Dysentery in Hazaribagh Central Jail - Number 52
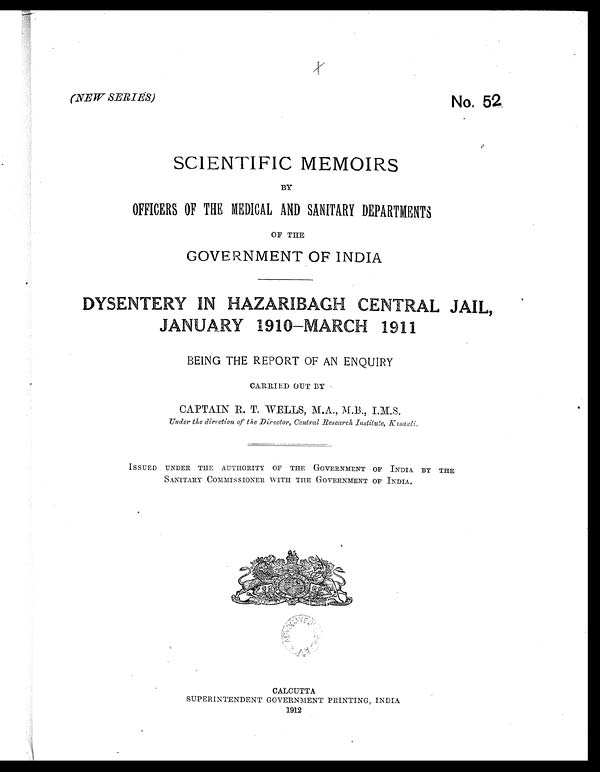
m . 9 1 . b
N o . 5 2
(NEW SERIES)
SCIENTIFIC MEMOIRS
BY
OFFICERS OF THE MEDICAL AND SANITARY DEPARTMENTS
OF THE
GOVERNMENT OF INDIA
DYSENTERY IN HAZARIBAGH CENTRAL JAIL
JANUARY 1910—MARCH 1911
BEING THE REPORT OF AN ENQUIRY
CARRIED OUT BY
CAPTAIN R. T. WELLS, M.A., M.B., I.M.S.
Under the direction of the Director, central Research Institute, Kasauli
ISSUED UNDER THE AUTHORITY OF THE GOVERNMENT OF INDIA BY THE
SANITARY COMMISSIONER WITH THE GOVERNMENT OF INDIA
CALCUTTA
SUPERINTENDENT GOVERNMENT PRINTING, INDIA
1912
Price Re. 1-12, or 2s, 9d.